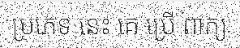
ប្រភេទ នេះ គេ ប្រើ ពាក្យ